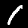
Label: 1